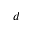
d